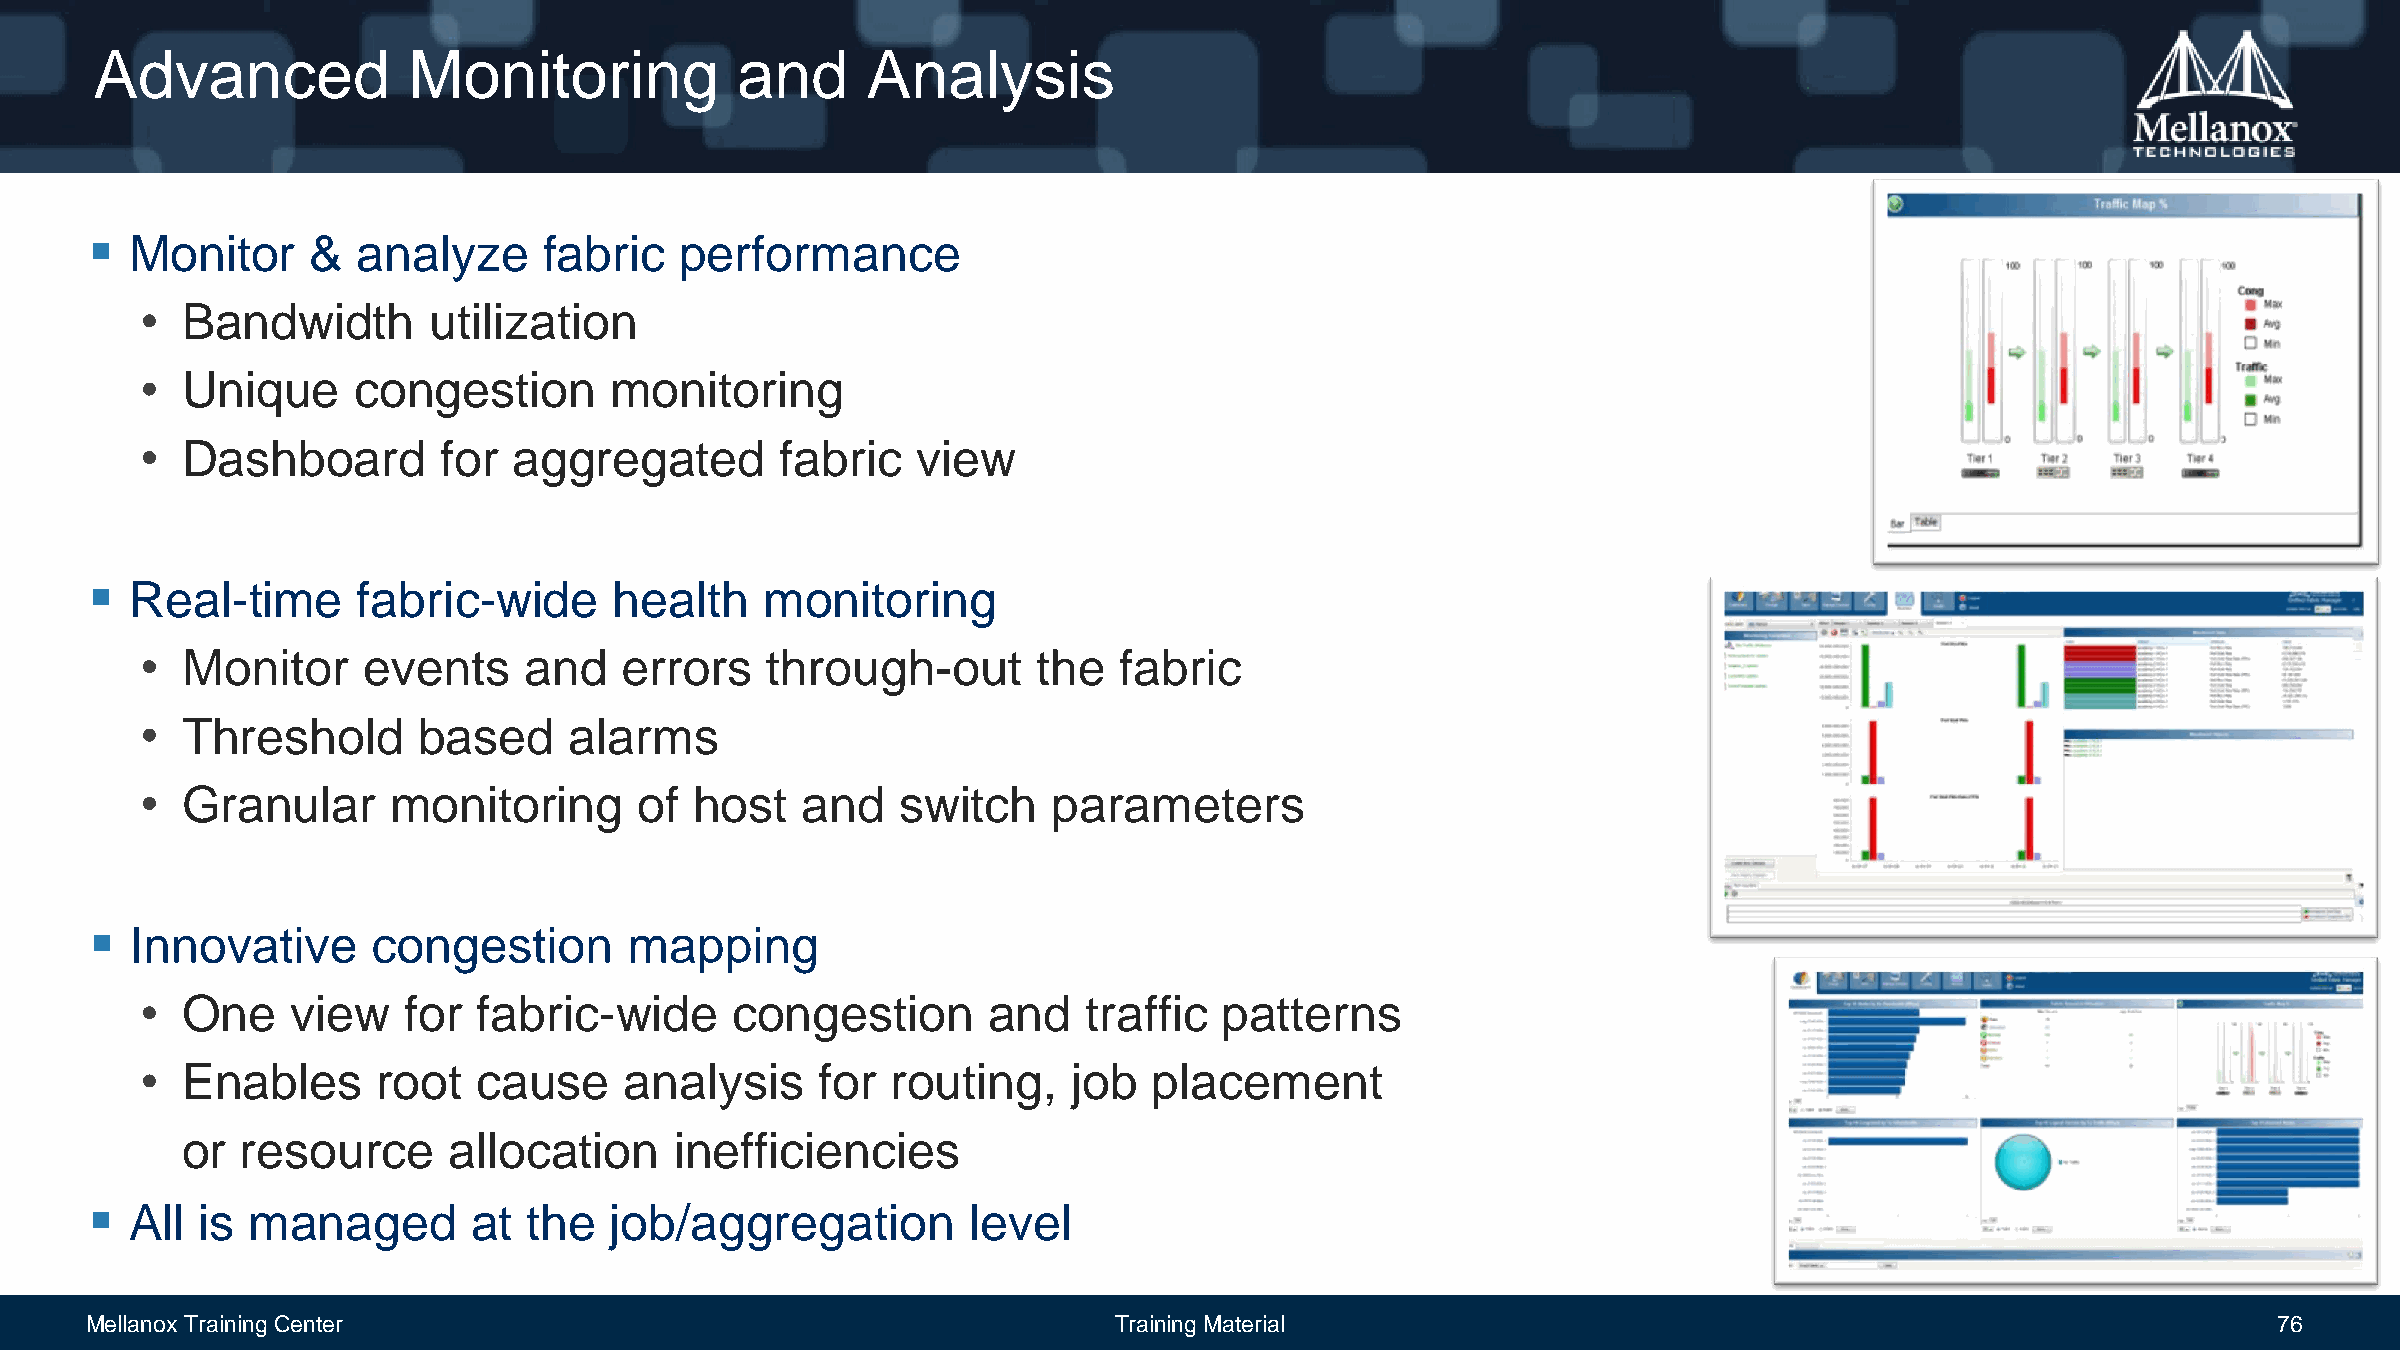
Advanced             Monitoring            and     Analysis
   Monitor     &  analyze     fabric   performance
 •  Bandwidth       utilization
 •  Unique     congestion       monitoring
 •  Dashboard        for  aggregated        fabric   view
   Real-time      fabric-wide      health    monitoring
 •  Monitor     events     and   errors    through-out       the  fabric
 •  Threshold       based     alarms
 •  Granular      monitoring      of  host   and    switch    parameters
   Innovative      congestion       mapping
 •  One    view    for  fabric-wide      congestion      and    traffic  patterns
 •  Enables      root   cause    analysis     for  routing,    job  placement
 or  resource      allocation     inefficiencies
   All is managed        at  the  job/aggregation         level
 Mellanox Training Center                                            Training Material                                                            76